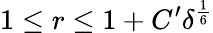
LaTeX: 1\leq r\leq 1+C^{\prime}\delta^{\frac{1}{6}}